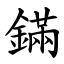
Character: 鏋